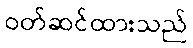
ဝတ်ဆင်ထားသည်